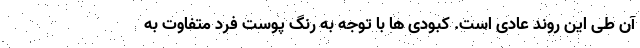
آن طی این روند عادی است. کبودی ها با توجه به رنگ پوست فرد متفاوت به